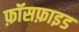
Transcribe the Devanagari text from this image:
फ़ॉसफ़ाइड